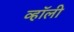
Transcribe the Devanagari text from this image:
व्हॉली